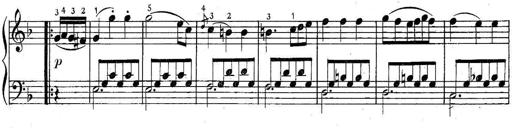
Title: 6 Easy Sonatinas
Composer: Carl Czerny